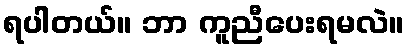
ရပါတယ်။ ဘာ ကူညီပေးရမလဲ။